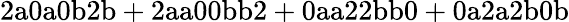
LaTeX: \mathrm{2a0a0b2b+2aa00bb2+0aa22bb0+0a2a2b0b}